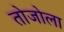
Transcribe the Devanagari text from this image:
तोजोला